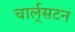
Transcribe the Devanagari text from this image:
चार्ल्‌सटन